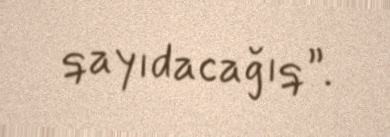
qayıdacağıq”.